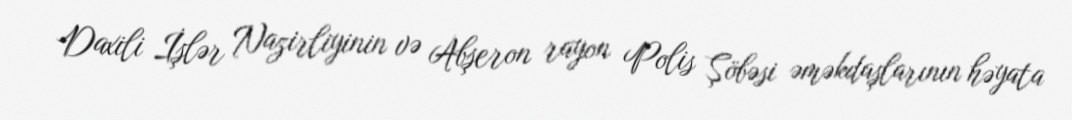
Daxili İşlər Nazirliyinin və Abşeron rayon Polis Şöbəsi əməkdaşlarının həyata